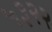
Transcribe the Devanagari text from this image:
५३२२